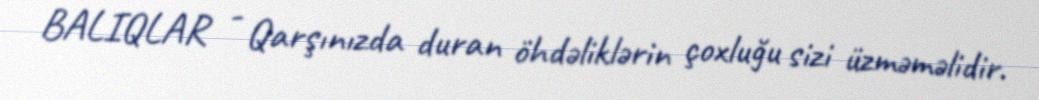
BALIQLAR - Qarşınızda duran öhdəliklərin çoxluğu sizi üzməməlidir.